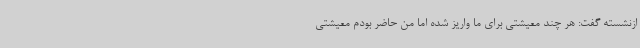
ازنشسته گفت: هر چند معیشتی برای ما واریز شده اما من حاضر بودم معیشتی